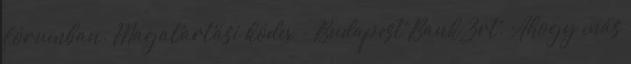
fórumban. Magatartási kódex - Budapest Bank Zrt. Ahogy más